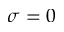
\sigma = 0